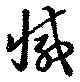
減